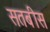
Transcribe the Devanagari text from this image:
सतबीस